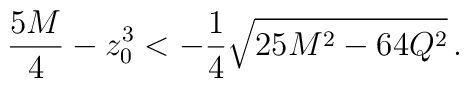
{{5M}\over 4} - z_0 ^3 < -{1\over 4} \sqrt{25M^2 -64 Q^2} \, .